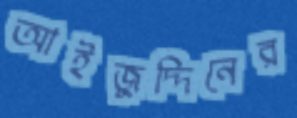
আইজুদ্দিনের